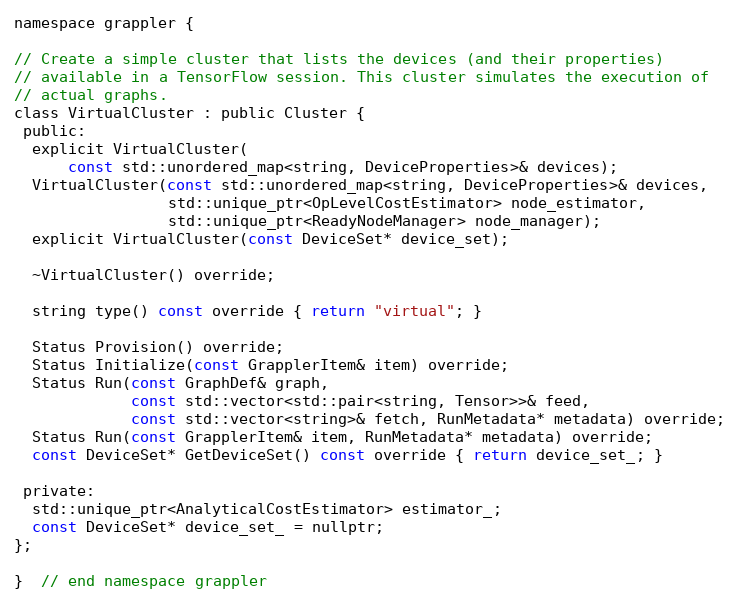
Language: C
namespace grappler {

// Create a simple cluster that lists the devices (and their properties)
// available in a TensorFlow session. This cluster simulates the execution of
// actual graphs.
class VirtualCluster : public Cluster {
 public:
  explicit VirtualCluster(
      const std::unordered_map<string, DeviceProperties>& devices);
  VirtualCluster(const std::unordered_map<string, DeviceProperties>& devices,
                 std::unique_ptr<OpLevelCostEstimator> node_estimator,
                 std::unique_ptr<ReadyNodeManager> node_manager);
  explicit VirtualCluster(const DeviceSet* device_set);

  ~VirtualCluster() override;

  string type() const override { return "virtual"; }

  Status Provision() override;
  Status Initialize(const GrapplerItem& item) override;
  Status Run(const GraphDef& graph,
             const std::vector<std::pair<string, Tensor>>& feed,
             const std::vector<string>& fetch, RunMetadata* metadata) override;
  Status Run(const GrapplerItem& item, RunMetadata* metadata) override;
  const DeviceSet* GetDeviceSet() const override { return device_set_; }

 private:
  std::unique_ptr<AnalyticalCostEstimator> estimator_;
  const DeviceSet* device_set_ = nullptr;
};

}  // end namespace grappler